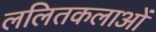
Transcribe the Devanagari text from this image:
ललितकलाओं